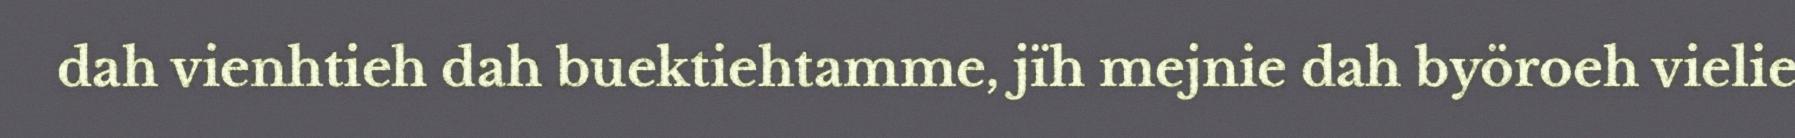
dah vienhtieh dah buektiehtamme, jïh mejnie dah byöroeh vielie